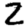
Digit: 2